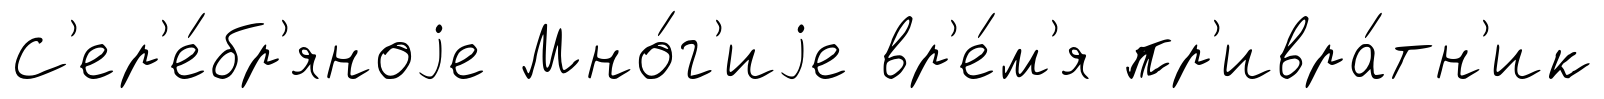
С'ер'е́бр'яноjе Мно́г'иjе вр'е́м'я пр'ивра́тн'ик